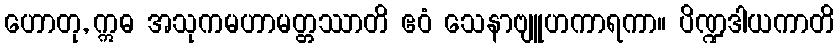
ဟောတု, ဣဓ အသုကမဟာမတ္တဿာတိ ဧဝံ သေနာဗျူဟကာရကာ။ ပိဏ္ဍဒါယကာတိ